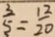
\frac { 3 } { 5 } = \frac { 1 2 } { 2 0 }